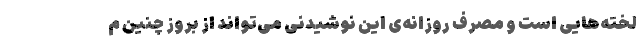
لخته‌هایی است و مصرف روزانه‌ی این نوشیدنی می‌تواند از بروز چنین م